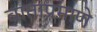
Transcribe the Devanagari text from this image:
वाताप्रमाणे